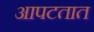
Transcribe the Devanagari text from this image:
आपटतात